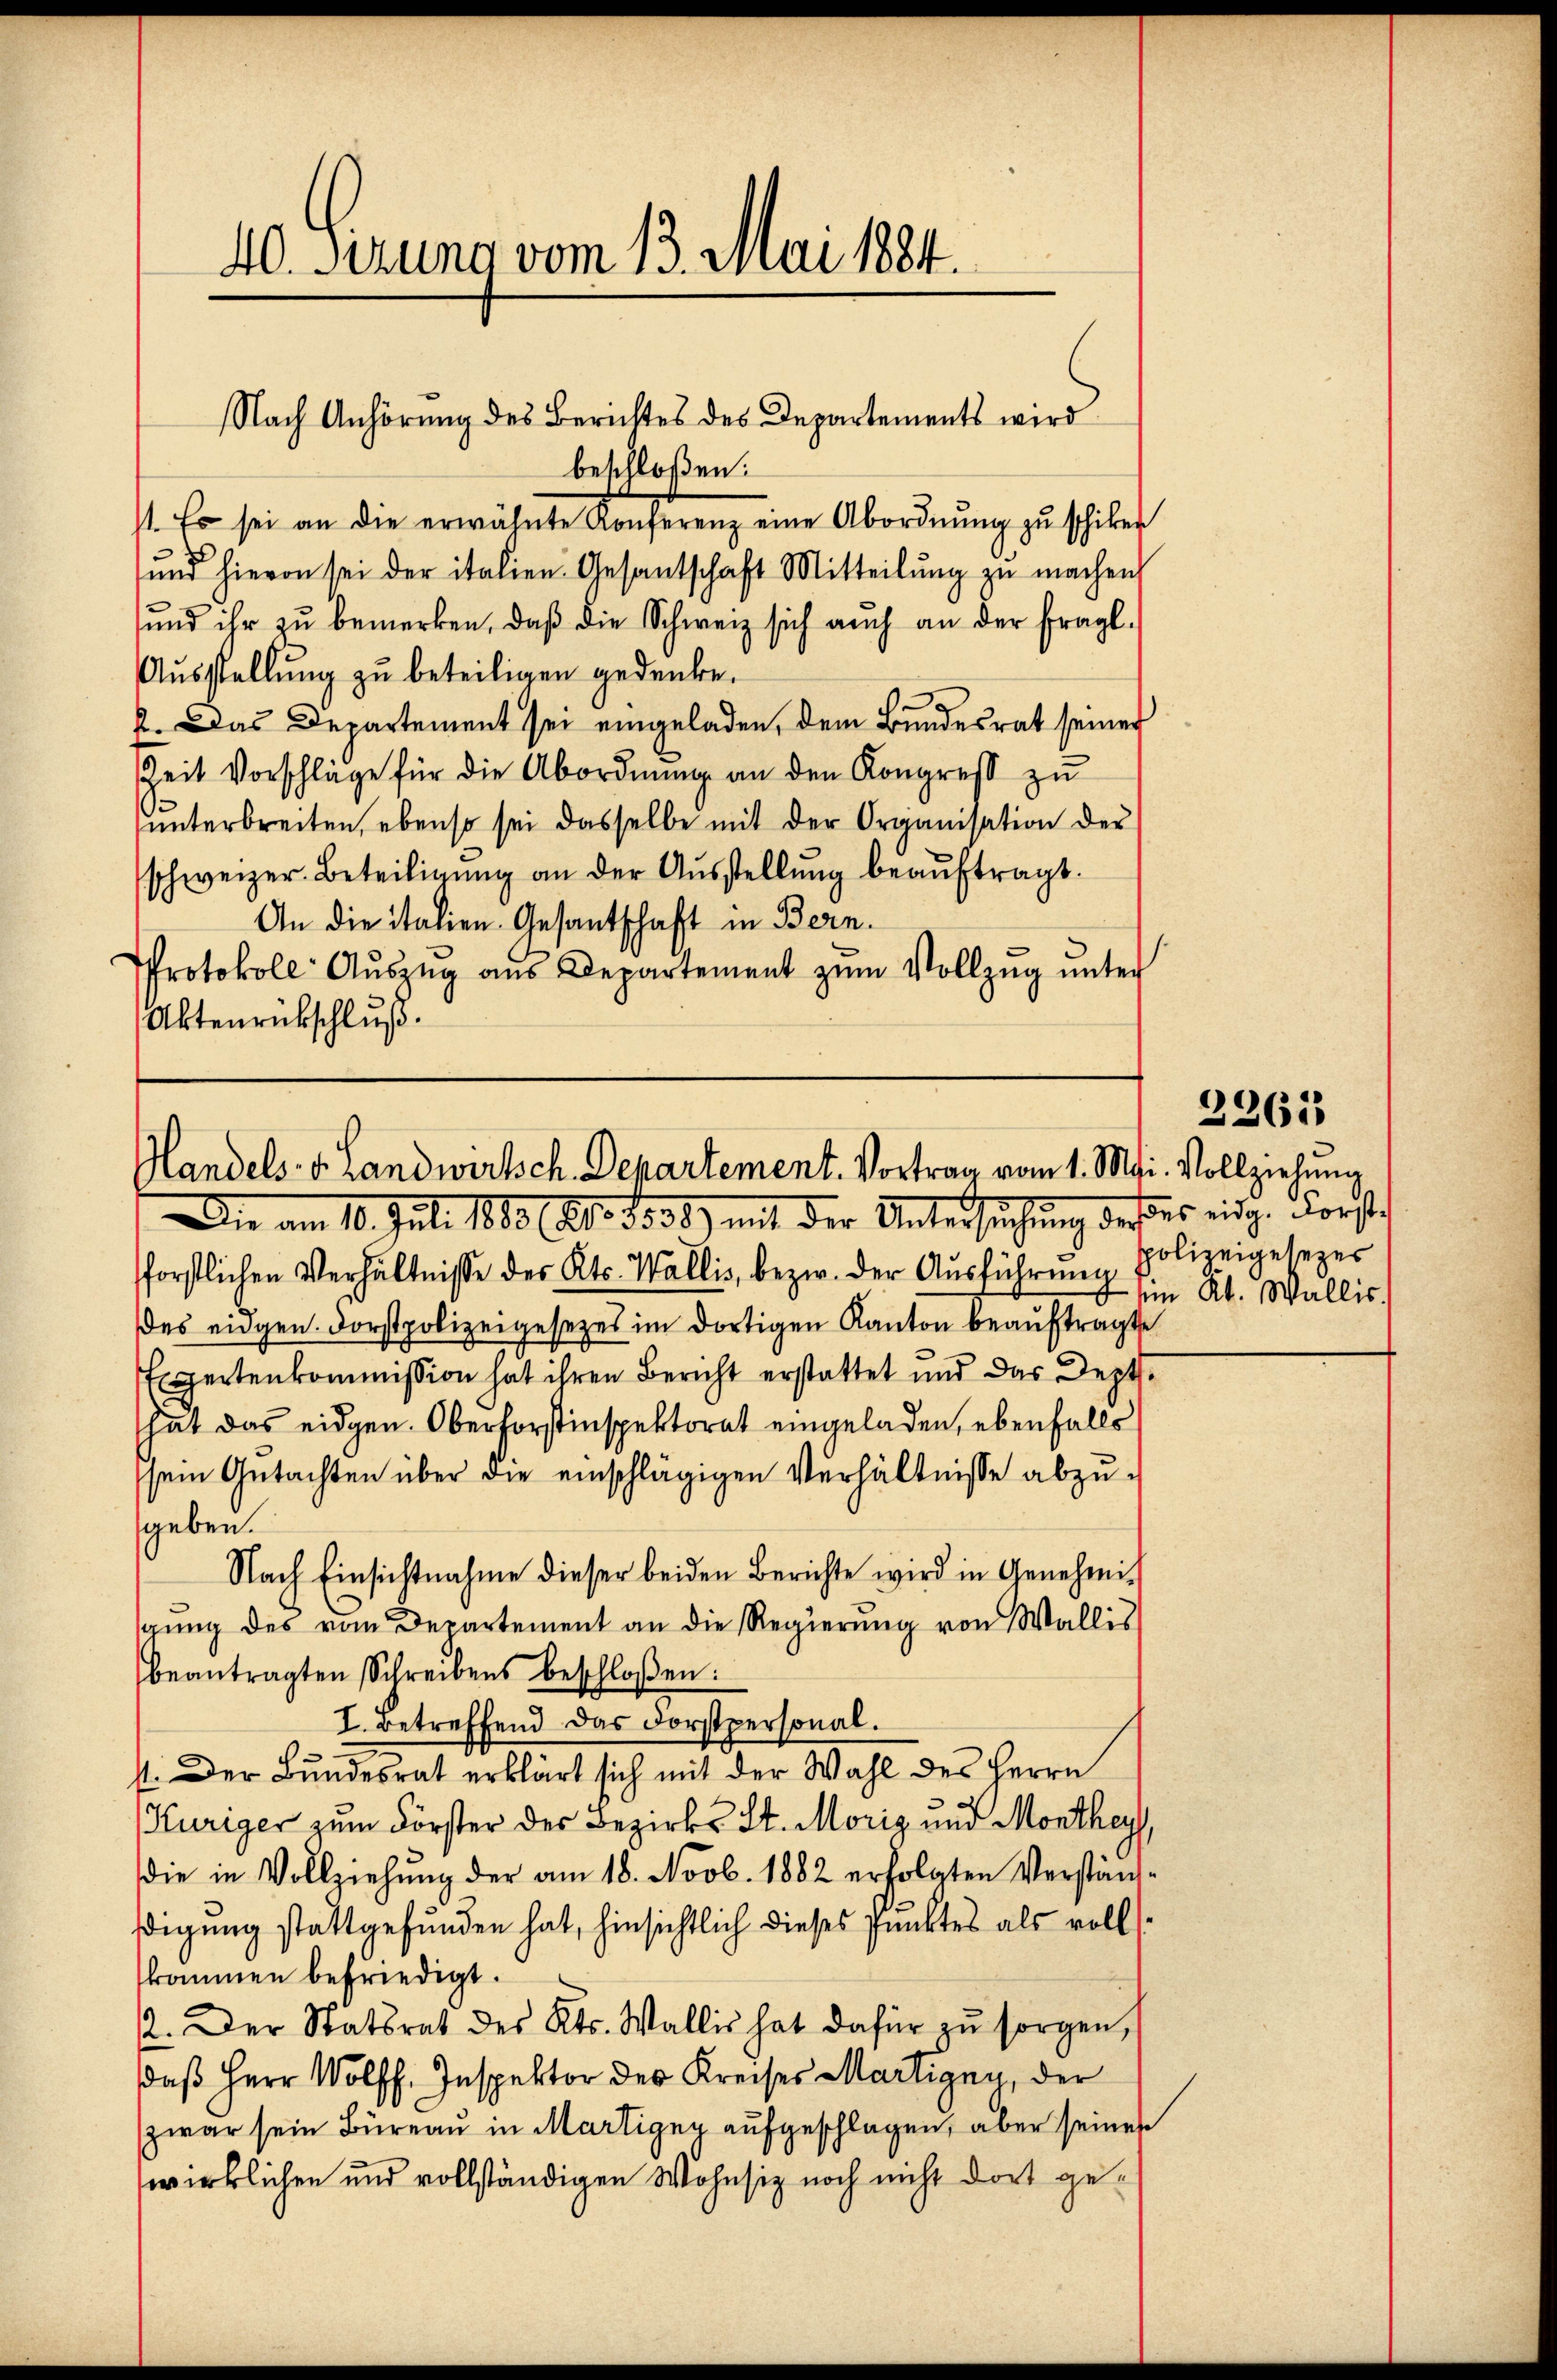
40. Serung vom 13. Mai 1884.

Nach Anhörung des Berichtes des Departements wird
beschloßen:
11. Es sei an die erwähnte Konferenz eine Abordnŭng zŭ schiken
ŭnd hievon sei der italien Gesantschaft Mitteilŭng zŭ machen
ŭnd ihr zŭ bemerken, daβ die Schweiz sich aŭch an der fragl.
Ausstellung zu beteiligen gedenke.
.
2. Das Departement sei eingeladen, dem Bundesrat seiner
Zeit Vorschläge für die Abordnŭng an den Kongreß zu
ŭnterbreiten, ebenso sei dasselbe mit der Organisation der
schweizer. Beteiligŭng an der Aŭsstellŭng beaŭftragt.
An die italien Gesantschaft in Bern.
Protokoll Aŭszŭg aŭs Departement zŭm Vollzŭg ŭnter
Aktenrückschluß.

Handels- v. Landwirtsch. Departement. Vortrag vom 1. Mai. Vollziehung

n Kt. Wallis.

Ain am 10. Juli 1883 (Ao 1858) mit der Untersuchung dieses eidg. Forst
forstlichen Verhältnisse des Kts. Wallis, bezw. der Aŭsführŭng polizeigesezer
des eidgen. Forstpolizeigesetzes im dortigen Kanton beauftragte
Espertenkommission hat ihren Bericht erstattet und das Depthat das eidgen. Oberforstinspektorat eingeladen, ebenfalls
sein Gŭtachten über die einschlägigen Verhältnisse abzŭ-
geben.
Nach Einsichtnahme dieser beiden Berichte wird in Genehmigung des vom Departement an die Regierung von Wallis
beantragten Schreibens beschloßen:
I. Betreffend das Forstpersonal.
st. Der Bundesrat erklärt sich mit der Wahl des Herrn
Kuriger zum Förster des Bezirks St. Moriz und Monthey,
die in Vollziehŭng der am 18. Novb. 1882 erfolgten Verständ-
ßigung stattgefunden hat, hinsichtlich dieses Punktes als vollsskommen befriedigt.
2. Der Statsrat des Kts. Wallis hat dafür zŭ sorgen,
daß Herr Wolff. Inspektor der Kreises Martigen der
zwar sein Büreau in Martigny aufgeschlagen, aber seines
wirklichen und vollständigen Wohnsiz noch nicht dort ge¬

2261